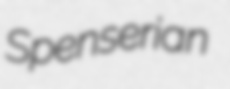
Spenserian